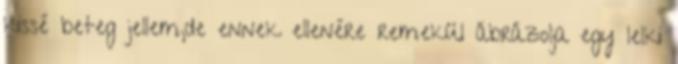
kissé beteg jellem,de ennek ellenére remekül ábrázolja egy lelki